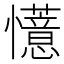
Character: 𫻟